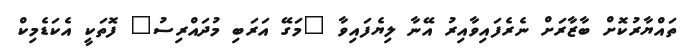
ތައްޔާރުކޮށް ބާޒާރަށް ނެރެފައިވާއިރު އޭނާ ލިޔެފައިވާ "މަގޭ އަރަބި މުދައްރިސު" ފޮތަކީ އެކަޑެމިކް